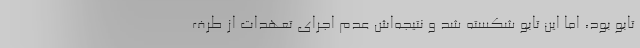
تابو بود، اما این تابو شکسته شد و نتیجه‌اش عدم اجرای تعهدات از طرف